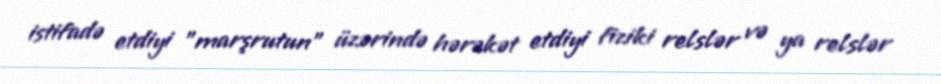
istifadə etdiyi "marşrutun" üzərində hərəkət etdiyi fiziki relslər və ya relslər